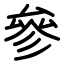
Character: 參